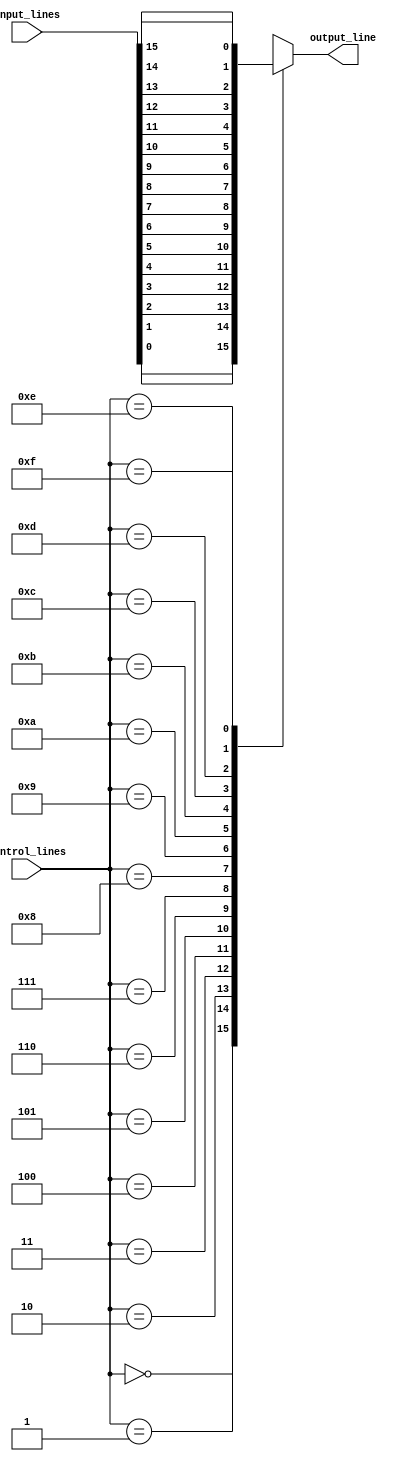
module multiplexer_16to1 (
    input [15:0] input_lines,
    input [3:0] control_lines,
    output reg output_line
);

always @ (control_lines)
begin
    case (control_lines)
        4'b0000: output_line = input_lines[0];
        4'b0001: output_line = input_lines[1];
        4'b0010: output_line = input_lines[2];
        4'b0011: output_line = input_lines[3];
        4'b0100: output_line = input_lines[4];
        4'b0101: output_line = input_lines[5];
        4'b0110: output_line = input_lines[6];
        4'b0111: output_line = input_lines[7];
        4'b1000: output_line = input_lines[8];
        4'b1001: output_line = input_lines[9];
        4'b1010: output_line = input_lines[10];
        4'b1011: output_line = input_lines[11];
        4'b1100: output_line = input_lines[12];
        4'b1101: output_line = input_lines[13];
        4'b1110: output_line = input_lines[14];
        4'b1111: output_line = input_lines[15];
        default: output_line = 1'b0; // default value if control input is not within expected range
    endcase
end

endmodule